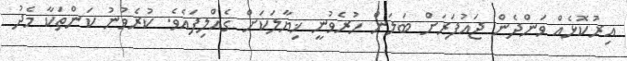
އިރުކޮޅެއް ވަންދެން ޖައުފަރަށް ބަލަން ހުރެވުނީ ޚިޔާލަކަށް ގެއްލިފައެވެ. ކުރެވުނު ކަންތަކާ މެދު